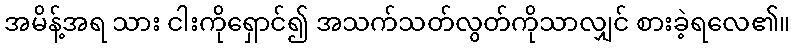
အမိန့်အရ သား ငါးကိုရှောင်၍ အသက်သတ်လွတ်ကိုသာလျှင် စားခဲ့ရလေ၏။